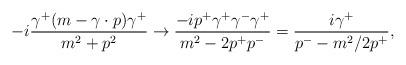
LaTeX: \begin{align*}-i{\gamma^+(m-\gamma\cdot p)\gamma^+\over m^2+p^2}\to {-ip^+\gamma^+\gamma^-\gamma^+\over m^2-2p^+p^-}={i\gamma^+\over p^--m^2/2p^+},\end{align*}